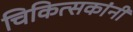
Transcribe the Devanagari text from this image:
चिकित्सकांनी